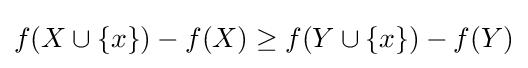
f(X\cup \{x\})-f(X)\geq f(Y\cup \{x\})-f(Y)